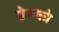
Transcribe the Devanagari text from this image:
डेल्को